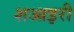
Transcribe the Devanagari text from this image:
शआइरी